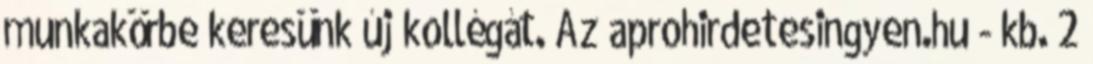
munkakörbe keresünk új kollégát. Az aprohirdetesingyen.hu - kb. 2